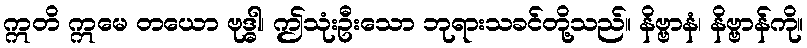
ဣတိ ဣမေ တယော ဗုဒ္ဓါ၊ ဤသုံးဦးသော ဘုရားသခင်တို့သည်။ နိဗ္ဗာနံ၊ နိဗ္ဗာန်ကို။